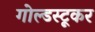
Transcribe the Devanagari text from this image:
गोल्डस्टूकर